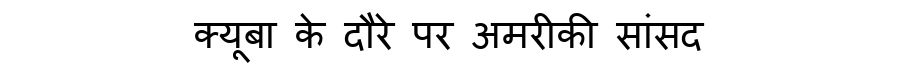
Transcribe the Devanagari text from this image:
क्यूबा के दौरे पर अमरीकी सांसद